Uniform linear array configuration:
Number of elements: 4
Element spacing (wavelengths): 0.75
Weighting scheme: blackman
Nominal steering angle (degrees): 0
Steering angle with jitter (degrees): -0.3623
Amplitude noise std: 0.05
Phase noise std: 0.05

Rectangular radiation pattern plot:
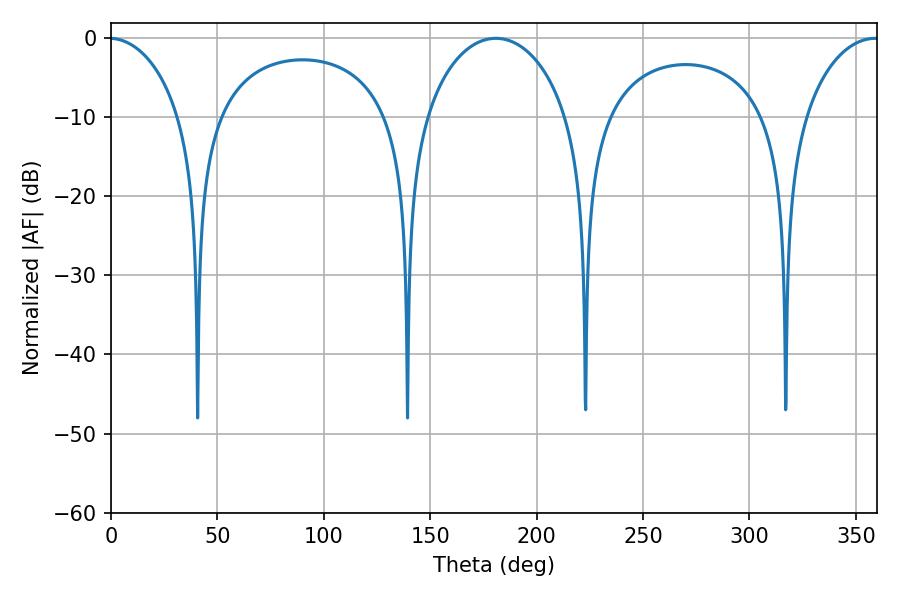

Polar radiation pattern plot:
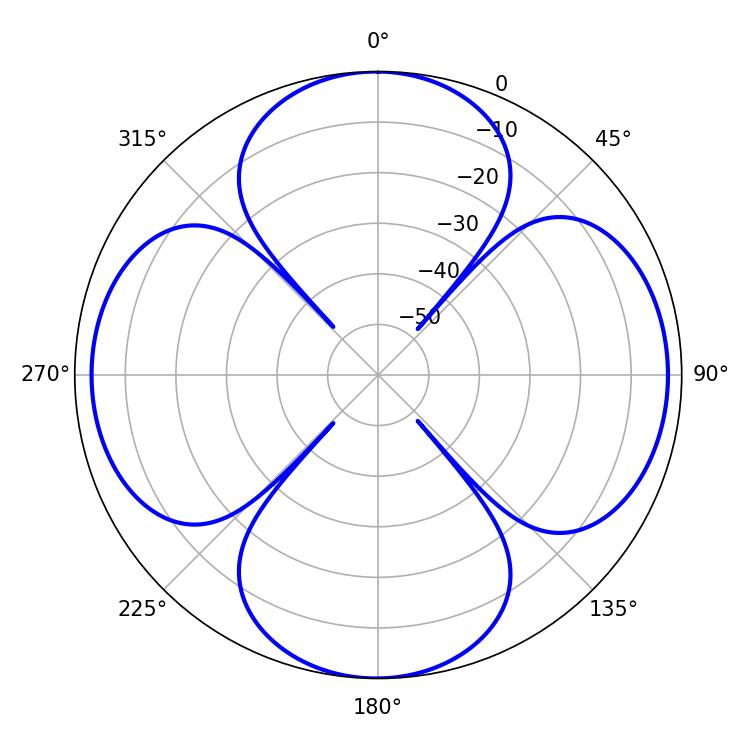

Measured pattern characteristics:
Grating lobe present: TRUE
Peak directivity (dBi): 15.138
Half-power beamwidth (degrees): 38.88
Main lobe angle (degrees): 180.9